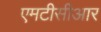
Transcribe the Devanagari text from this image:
एमटीसीआर